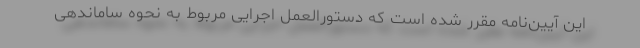
این آیین‌نامه مقرر شده است که دستورالعمل اجرایی مربوط به نحوه ساماندهی